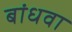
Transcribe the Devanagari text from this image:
बांधवा